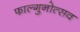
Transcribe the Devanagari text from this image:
फाल्गुनोत्सव